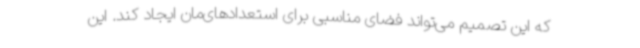
که این تصمیم می‌تواند فضای مناسبی برای استعدادهای‌مان ایجاد کند. این